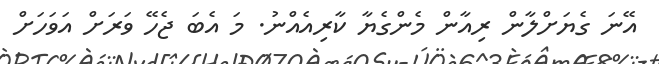
އޭނަ ގެޔަށްލާން ރިއާން މެންގެޔާ ކާރިއެއްނު. މަ އެބަ ޖެހޭ ވަރަށް އަވަހަށް